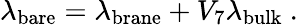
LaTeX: \lambda_{\mathrm{bare}}=\lambda_{\mathrm{brane}}+V_{7}\lambda_{\mathrm{bulk}}\ .